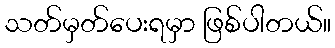
သတ်မှတ်ပေးရမှာ ဖြစ်ပါတယ်။